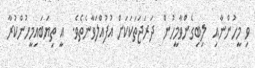
ވިި މީހުންނާއި  ލިބިގެންވާމީހުން  ދަރަޖަތަކަކަށް އުފުއްލަވާނެތެވެ.  އީ ތިޔަބައިމީހުންކުރާ